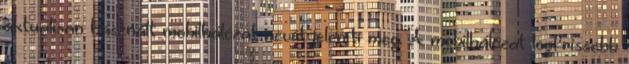
aktuálisan használt mobilhálózat nevét jeleníti meg. A mobilhálózat legfrissebb